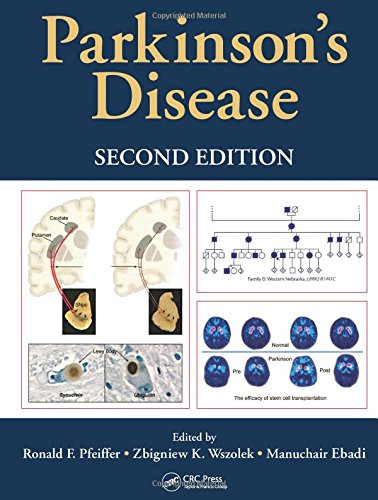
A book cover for Parkinson's Disease, Second Edition; Health, Fitness & Dieting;